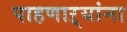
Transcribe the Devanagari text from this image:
पाहणाऱ्यांना